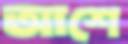
আশে